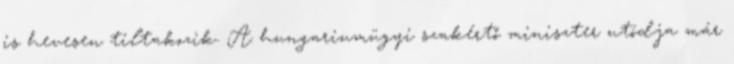
is hevesen tiltakozik. A hungariumügyi szakértő miniszter utódja már